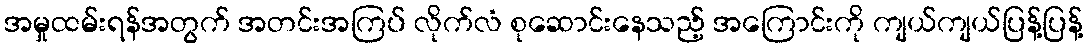
အမှုထမ်းရန်အတွက် အတင်းအကြပ် လိုက်လံ စုဆောင်းနေသည့် အကြောင်းကို ကျယ်ကျယ်ပြန့်ပြန့်